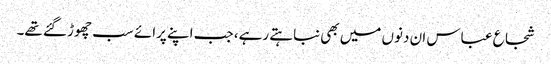
شجاع عباس ان دنوں میں بھی نباہتے رہے، جب اپنے پرائے سب چھوڑ گئے تھے۔